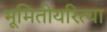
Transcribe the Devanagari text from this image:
भूमितीयरित्या